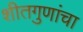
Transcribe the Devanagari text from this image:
शीतगुणांचा